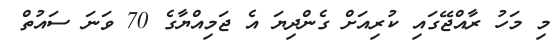
މި މަހު ރާއްޖޭގައި ކުރިއަށް ގެންދިޔަ އެ ޖަމިއްޔާގެ 70 ވަނަ ސައުތް